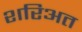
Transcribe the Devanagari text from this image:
शरिअत